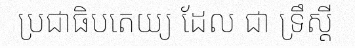
ប្រជាធិបតេយ្យ ដែល ជា ទ្រឹស្តី